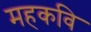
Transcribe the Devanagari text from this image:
महकवि